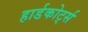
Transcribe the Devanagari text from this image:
हार्डकोर्ट्स